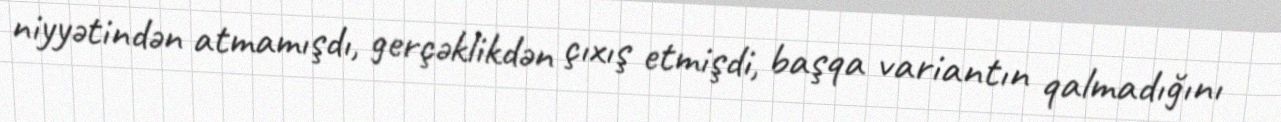
niyyətindən atmamışdı, gerçəklikdən çıxış etmişdi, başqa variantın qalmadığını